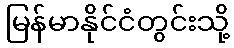
မြန်မာနိုင်ငံတွင်းသို့